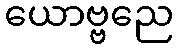
ယောဗ္ဗညေ